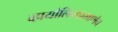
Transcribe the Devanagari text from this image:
व्हायोलिनप्रमाणेच